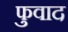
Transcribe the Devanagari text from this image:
फुवाद